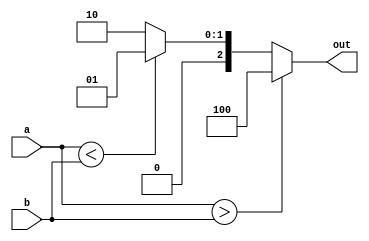
`timescale 1ns / 1ps
//////////////////////////////////////////////////////////////////////////////////
// Company: 
// 
// Design Name: 
// Module Name: comp
// Project Name: 
// Target Devices: 
// Tool Versions: 
// Description: 
// 
// Dependencies: 
// 
// Revision:
// Revision 0.01 - File Created
// Additional Comments:
// 
//////////////////////////////////////////////////////////////////////////////////


module comp(
    input a,
    input b,
    output reg [2:0] out
    );
    
    always @(*)
        begin
            if(a > b)
                out = {1'b1, 1'b0, 1'b0};
            else if (a < b)
                out = {1'b0, 1'b0, 1'b1};
            else
                out = {1'b0, 1'b1, 1'b0};
        end
endmodule